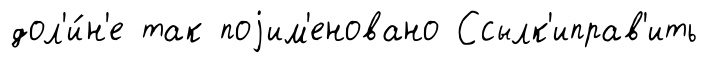
дол'и́н'е так поjим'еновано Ссылк'иправ'ить